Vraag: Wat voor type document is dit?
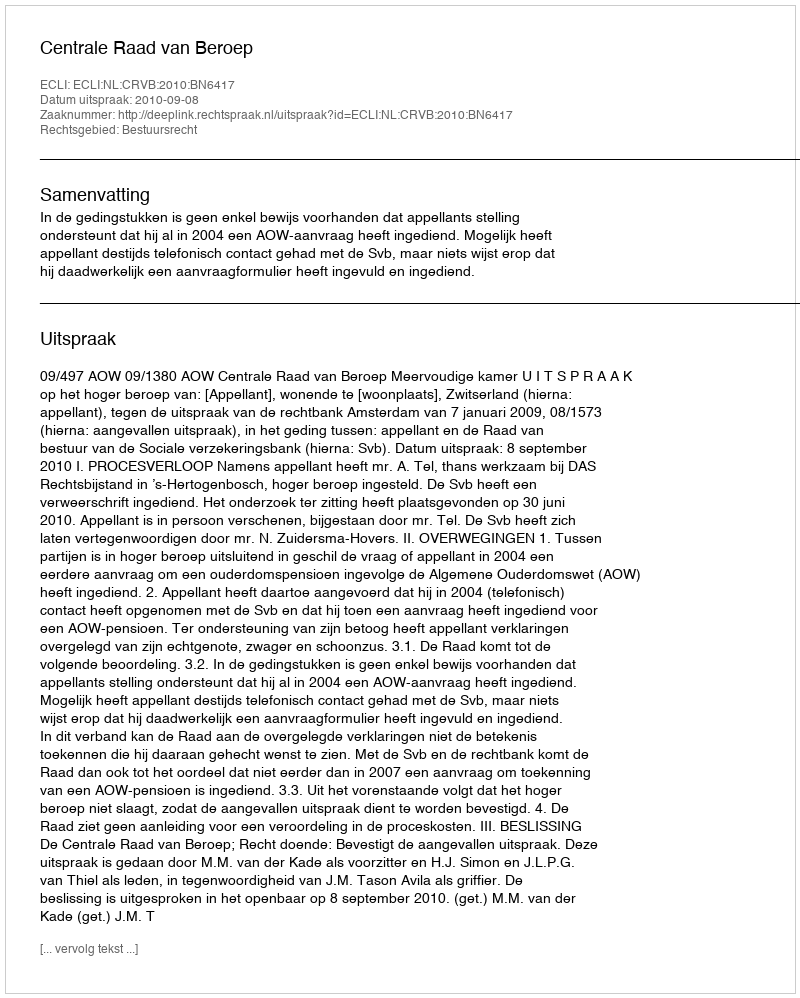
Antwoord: Uitspraak